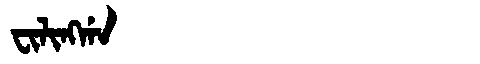
Manchu: ᠸᡳᠯᡳᠩᡤᠠ
Romanization: FILINGGA